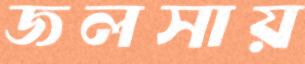
জলসায়